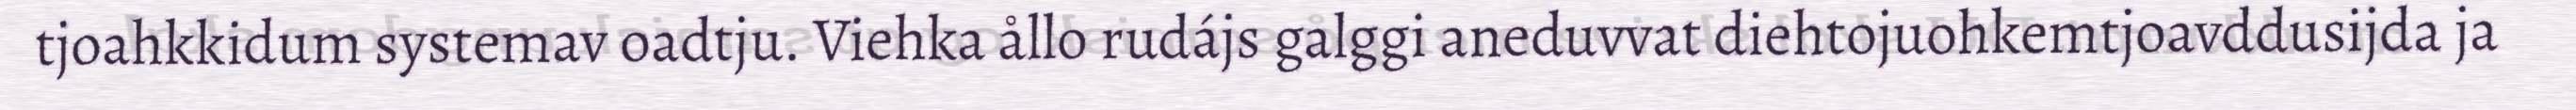
tjoahkkidum systemav oadtju. Viehka ållo rudájs galggi aneduvvat diehtojuohkemtjoavddusijda ja